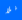
فلا